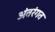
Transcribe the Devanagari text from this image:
अंतरंगत